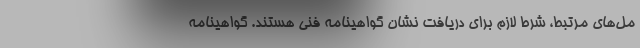
مل‌های مرتبط، شرط لازم برای دریافت نشان گواهینامه فنی هستند. گواهینامه